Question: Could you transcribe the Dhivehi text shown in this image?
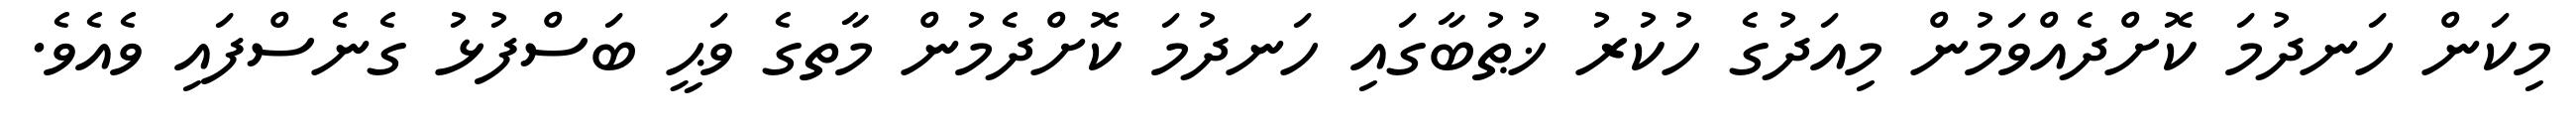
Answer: މިކަން ހަނދުމަ ކޮށްދެއްވަމުން މިއަދުގެ ހުކުރު ޚުޠުބާގައި ހަނދުމަ ކޮށްދެމުން މާތގެ ވަޙީ ބަސްފުޅު ގެނެސްފައި ވެއެވެ.